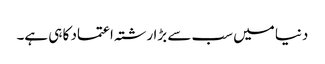
دنیا میں سب سے بڑا رشتہ اعتماد کا ہی ہے۔